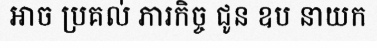
អាច ប្រគល់ ភារកិច្ច ជូន ឧប នាយក